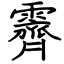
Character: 霽